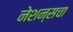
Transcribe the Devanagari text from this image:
नेशन्सचा